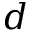
d